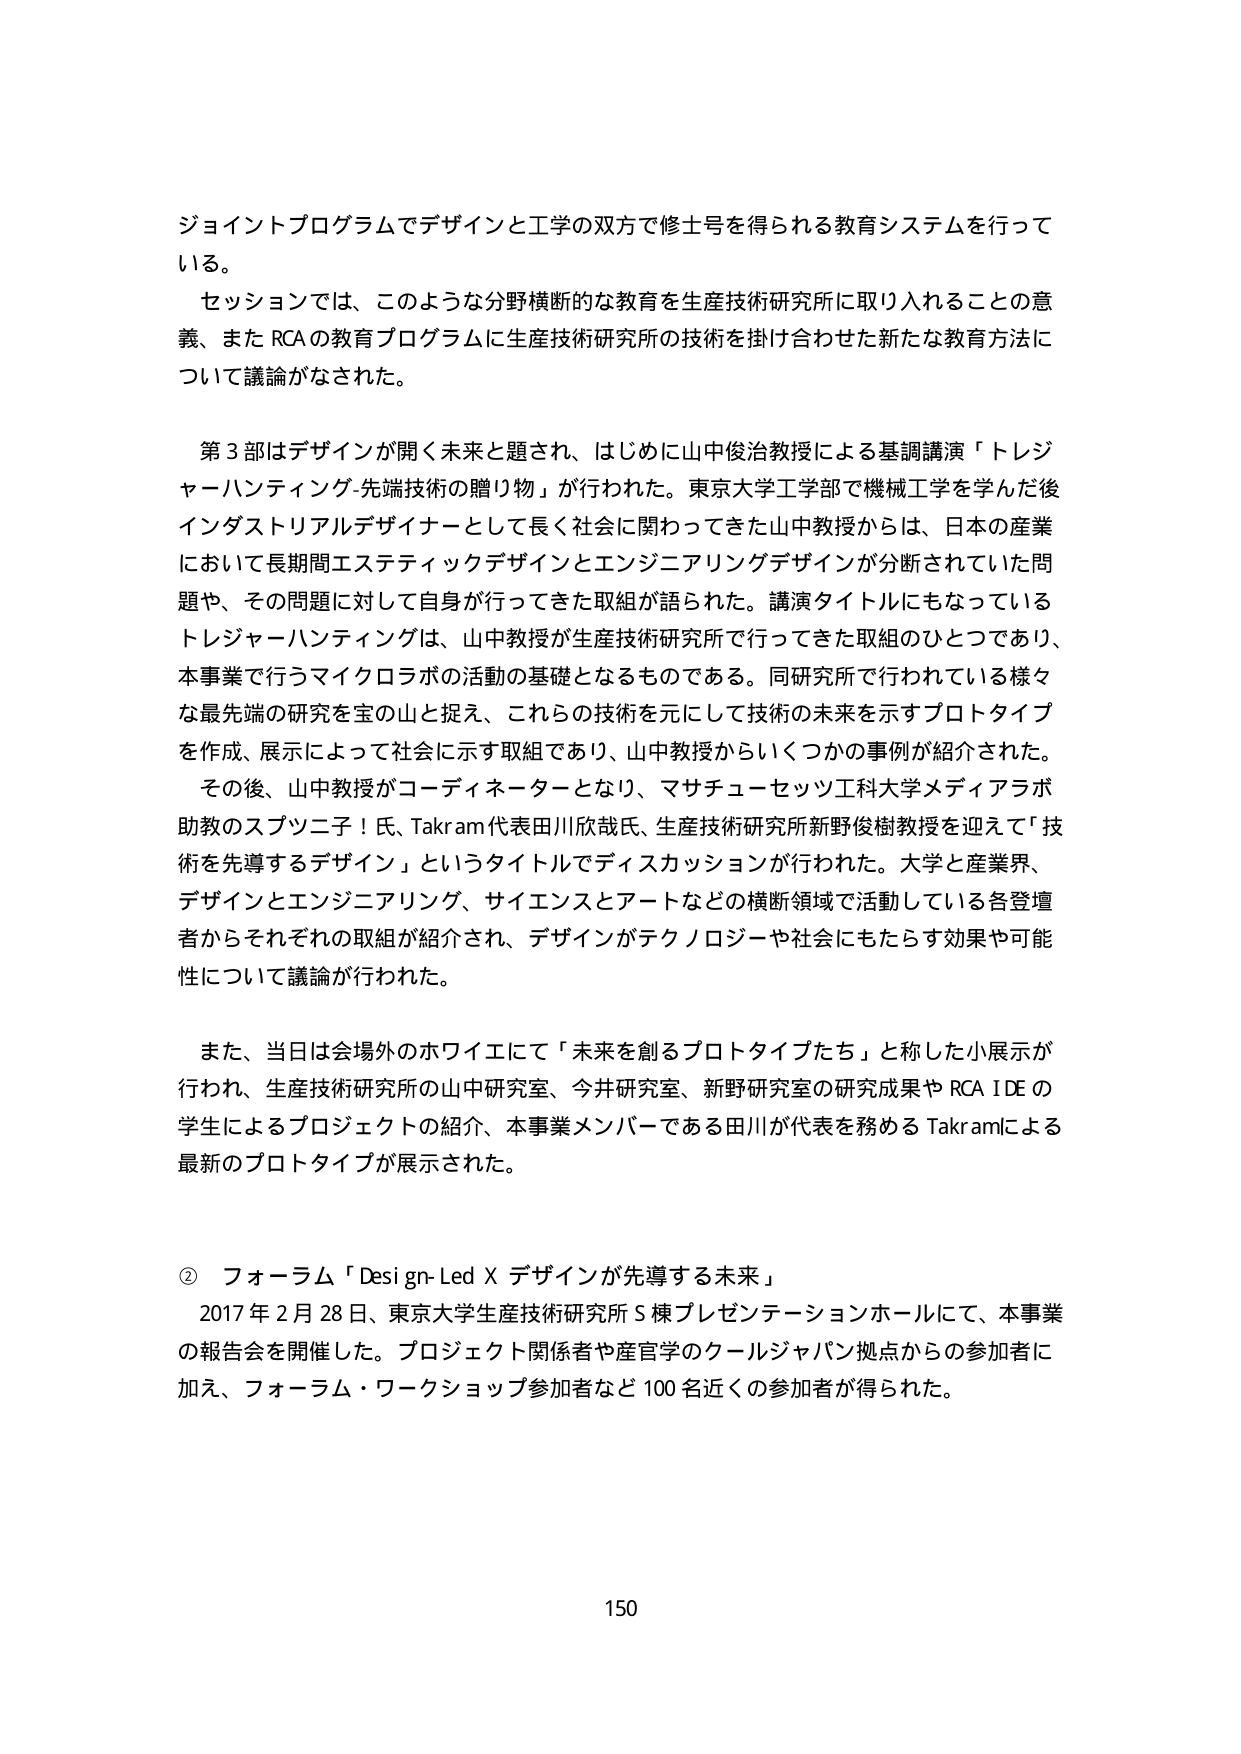
ジョイントプログラムでデザインと工学の双方で修士号を得られる教育システムを行っている。

セッションでは、このような分野横断的な教育を生産技術研究所に取り入れることの意義、またRCAの教育プログラムに生産技術研究所の技術を掛け合わせた新たな教育方法について議論がなされた。

第3部はデザインが開く未来と題され、はじめに山中俊治教授による基調講演「トレジャーハンティング-先端技術の贈り物」が行われた。東京大学工学部で機械工学を学んだ後インダストリアルデザイナーとして長く社会に関わってきた山中教授からは、日本の産業において長期間エステティックデザインとエンジニアリングデザインが分断されていた問題や、その問題に対して自身が行ってきた取組が語られた。講演タイトルにもなっているトレジャーハンティングは、山中教授が生産技術研究所で行ってきた取組のひとつであり、本事業で行うマイクロラボの活動の基礎となるものである。同研究所で行われている様々な最先端の研究を宝の山と捉え、これらの技術を元にして技術の未来を示すプロトタイプを作成、展示によって社会に示す取組であり、山中教授からいくつかの事例が紹介された。

その後、山中教授がコーディネーターとなり、マサチューセッツ工科大学メディアラボ助教のスプツニ子！氏、Takram代表田川欣哉氏、生産技術研究所新野俊樹教授を迎えて「技術を先導するデザイン」というタイトルでディスカッションが行われた。大学と産業界、デザインとエンジニアリング、サイエンスとアートなどの横断領域で活動している各登壇者からそれぞれの取組が紹介され、デザインがテクノロジーや社会にもたらす効果や可能性について議論が行われた。

また、当日は会場外のホワイエにて「未来を創るプロトタイプたち」と称した小展示が行われ、生産技術研究所の山中研究室、今井研究室、新野研究室の研究成果やRCA IDEの学生によるプロジェクトの紹介、本事業メンバーである田川が代表を務めるTakramによる最新のプロトタイプが展示された。

② フォーラム「Design-Led X デザインが先導する未来」
2017年2月28日、東京大学生産技術研究所S棟プレゼンテーションホールにて、本事業の報告会を開催した。プロジェクト関係者や産官学のクールジャパン拠点からの参加者に加え、フォーラム・ワークショップ参加者など100名近くの参加者が得られた。

150